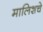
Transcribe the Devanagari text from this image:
मालिशचे